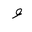
Letter: _waw